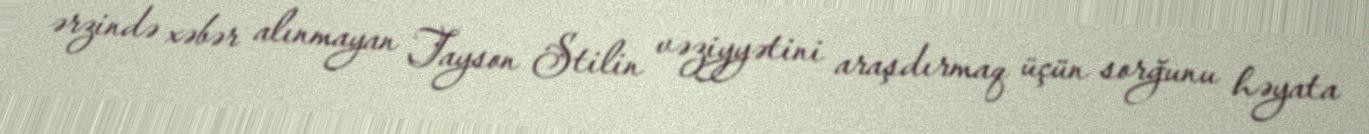
ərzində xəbər alınmayan Tayson Stilin vəziyyətini araşdırmaq üçün sorğunu həyata